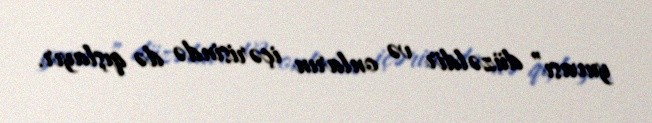
yuvası” düzəldir və onların içərisində də qışlayır.